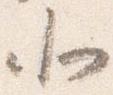
北